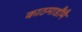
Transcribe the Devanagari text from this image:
काठमाडौंमै